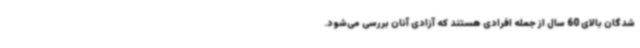
شدگان بالای 60 سال از جمله افرادی هستند که آزادی آنان بررسی می‌شود.